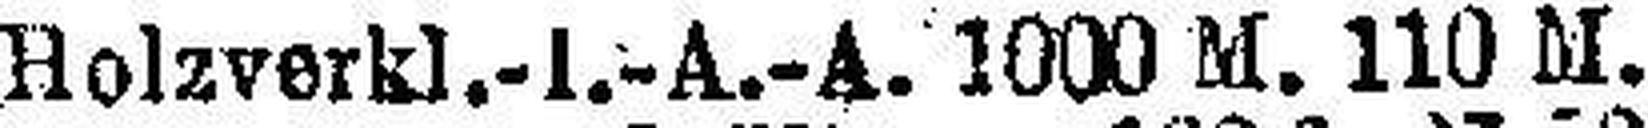
Holzverkl.-I.-A.-A. 1000 M. 110 M.